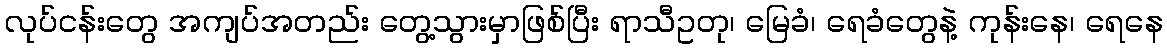
လုပ်ငန်းတွေ အကျပ်အတည်း တွေ့သွားမှာဖြစ်ပြီး ရာသီဥတု၊ မြေခံ၊ ရေခံတွေနဲ့ ကုန်းနေ၊ ရေနေ